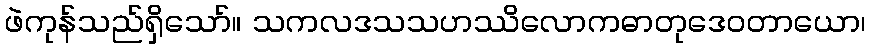
ဖဲကုန်သည်ရှိသော်။ သကလဒသသဟဿိလောကဓာတုဒေဝတာယော၊